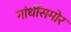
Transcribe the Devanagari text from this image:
गांधींसमोर